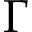
\displaystyle \Gamma